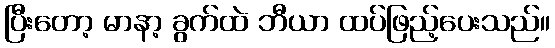
ပြီးတော့ မာနာ့ ခွက်ထဲ ဘီယာ ထပ်ဖြည့်ပေးသည်။